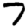
Digit: 7